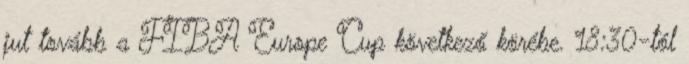
jut tovább a FIBA Europe Cup következő körébe. 18:30-tól